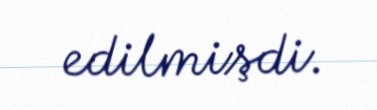
edilmişdi.